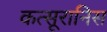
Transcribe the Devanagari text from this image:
कत्सूरानिस